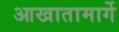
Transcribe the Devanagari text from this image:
आखातामार्गे